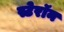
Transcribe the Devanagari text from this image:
स्टेरॉन